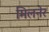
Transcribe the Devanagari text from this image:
मिलनेर